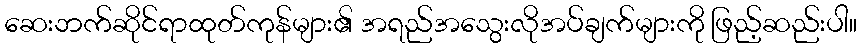
ဆေးဘက်ဆိုင်ရာထုတ်ကုန်များ၏ အရည်အသွေးလိုအပ်ချက်များကို ဖြည့်ဆည်းပါ။